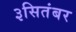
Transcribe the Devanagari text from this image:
३सितंबर